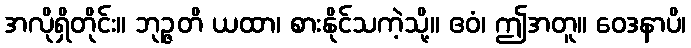
အလိုရှိတိုင်း။ ဘုဉ္ဇတိ ယထာ၊ စားနိုင်သကဲ့သို့။ ဧဝံ၊ ဤအတူ။ ဝေဒနာပိ၊